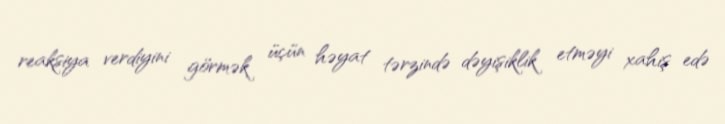
reaksiya verdiyini görmək üçün həyat tərzində dəyişiklik etməyi xahiş edə